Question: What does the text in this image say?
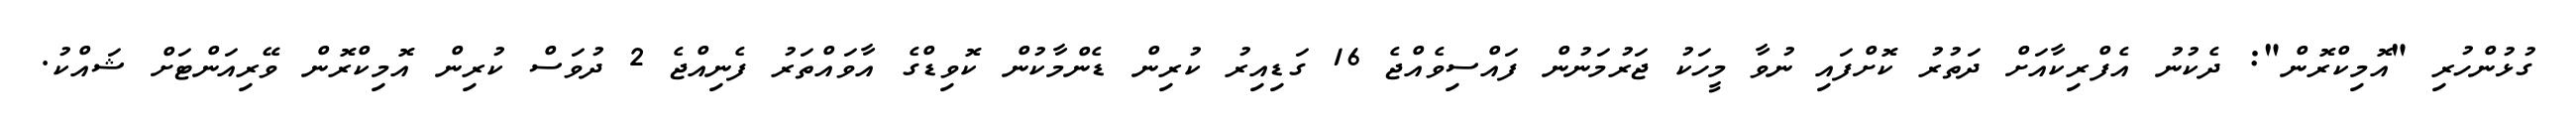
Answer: ގުޅުންހުރި "އޮމިކްރޮން": ދެކުނު އެފްރިކާއަށް ދަތުރު ކޮށްފައި ނުވާ މީހަކު ޖަރުމަނުން ފައްސިވެއްޖެ 16 ގަޑިއިރު ކުރިން ޑެންމާކުން ކޮވިޑްގެ އާވައްތަރު ފެނިއްޖެ 2 ދުވަސް ކުރިން އޮމިކްރޮން ވޭރިއަންޓަށް ޝައްކު.